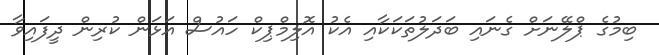
ބިމުގެ ޕްލޭނަށް ގެނައި ބަދަލުތަކަކާއި އެކު އޮލިމްޕިކް ހައުސް އަޅަން ކުރިން ދީފައިވާ